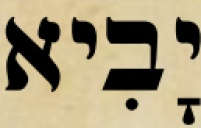
יָבִיא